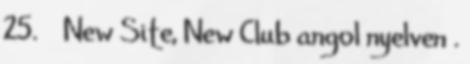
25. ↑ New Site, New Club angol nyelven .